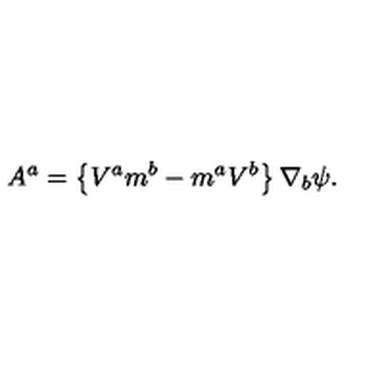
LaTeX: A ^ { a } = \left\{ V ^ { a } m ^ { b } - m ^ { a } V ^ { b } \right\} \nabla _ { b } \psi .